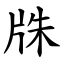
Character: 㸡